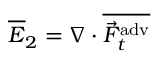
\overline { { E } } _ { 2 } = \nabla \cdot \overline { { \vec { F } _ { t } ^ { \mathrm { a d v } } } }